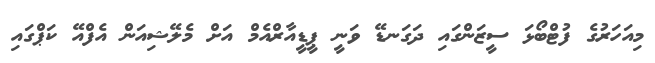
މިއަހަރުގެ ފުޓްބޯޅަ ސީޒަންގައި ދަގަނޑޭ ވަނީ ޕީޑީއާރްއެމް އަށް މެލޭޝިއަން އެފްއޭ ކަޕްގައި